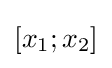
[x_{1};x_{2}]